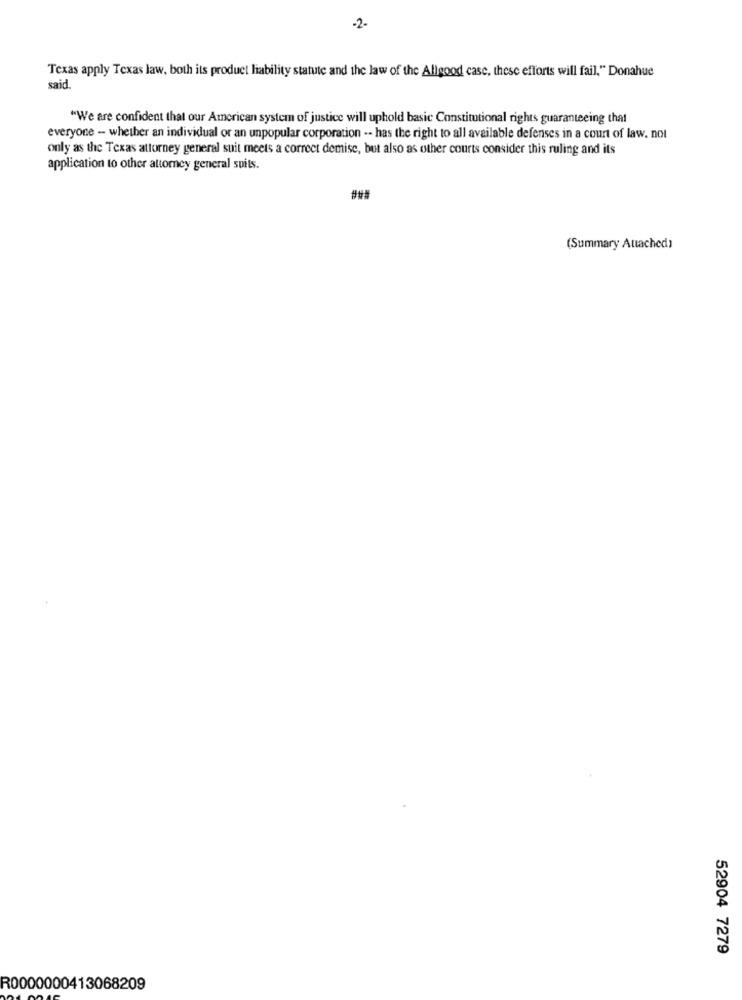
-2.
Texas apply Texas law, both its product liability statute and the law of the Allgood case, these efforts will fail," Donahue
said
"We are confident that our American system of justice will uphold basic Constitutional rights guaranteeing that
everyone - whether an individual or an unpopular corporation -- has the right to all available defenses in a court of law. not
only as the Texas attorney general suit meets a correct demise, but also as other courts consider this ruling and its
application to other attorney general suits.
###
(Summary Attached)
52904 7279
R0000000413068209